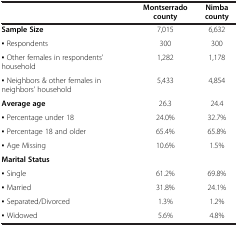
|  | Montserrado county | Nimba county |
 | --- | --- | --- |
 | Sample Size | 7,015 | 6,632 |
 | ▪ Respondents | 300 | 300 |
 | ▪ Other females in respondents’ household | 1,282 | 1,178 |
 | ▪ Neighbors & other females in neighbors’ household | 5,433 | 4,854 |
 | Average age | 26.3 | 24.4 |
 | ▪ Percentage under 18 | 24.0% | 32.7% |
 | ▪ Percentage 18 and older | 65.4% | 65.8% |
 | ▪ Age Missing | 10.6% | 1.5% |
 | Marital Status |  |  |
 | ▪ Single | 61.2% | 69.8% |
 | ▪ Married | 31.8% | 24.1% |
 | ▪ Separated/Divorced | 1.3% | 1.2% |
 | ▪ Widowed | 5.6% | 4.8% |